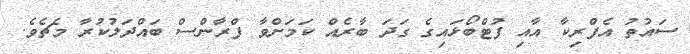
ސައުތު އެފްރިކާ އާއި ފުޓްބޯޅައިގެ ގަދަ ބާރެއް ކަމަށްވާ ފްރާންސް ބައްދަލުކުރާ މެޗެވެ.